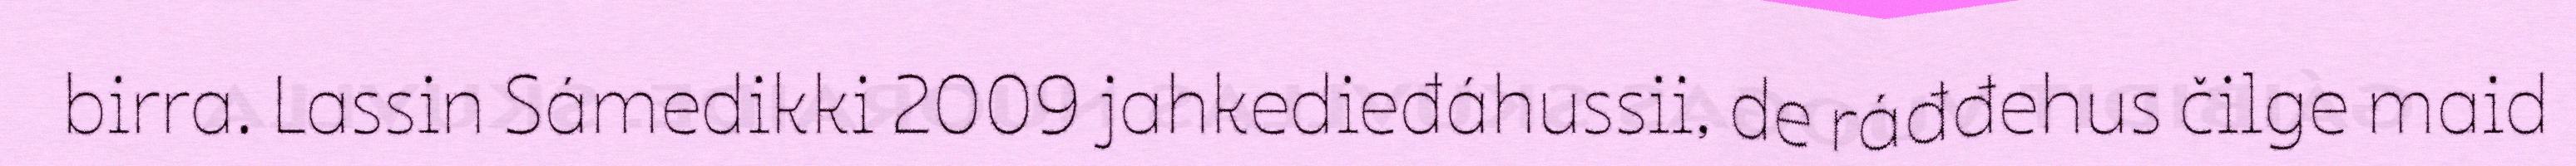
birra. Lassin Sámedikki 2009 jahkedieđáhussii, de ráđđehus čilge maid